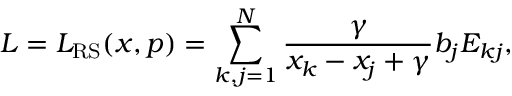
L = L _ { \mathrm { R S } } ( x , p ) = \sum _ { k , j = 1 } ^ { N } \frac { \gamma } { x _ { k } - x _ { j } + \gamma } b _ { j } E _ { k j } ,